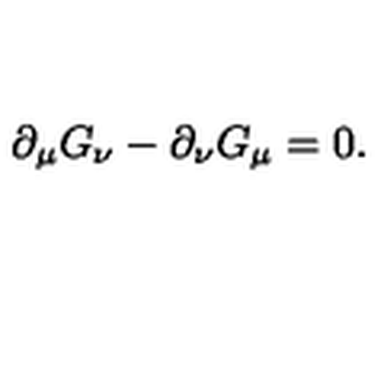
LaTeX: \partial _ { \mu } G _ { \nu } - \partial _ { \nu } G _ { \mu } = 0 .